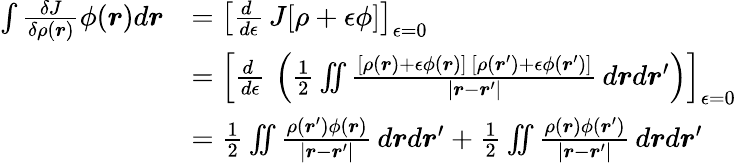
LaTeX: {\begin{array}{rl}{\int{\frac{\delta J}{\delta\rho({\boldsymbol{r}})}}\phi({\boldsymbol{r}})d{\boldsymbol{r}}}&{=\left[{\frac{d\ }{d\epsilon}}\, J[\rho+\epsilon\phi]\right]_{\epsilon=0}}\\ &{=\left[{\frac{d\ }{d\epsilon}}\, \left({\frac{1}{2}}\iint{\frac{[\rho({\boldsymbol{r}})+\epsilon\phi({\boldsymbol{r}})]\, [\rho({\boldsymbol{r}}^{\prime})+\epsilon\phi({\boldsymbol{r}}^{\prime})]}{|{\boldsymbol{r}}-{\boldsymbol{r}}^{\prime}|}}\, d{\boldsymbol{r}}d{\boldsymbol{r}}^{\prime}\right)\right]_{\epsilon=0}}\\ &{={\frac{1}{2}}\iint{\frac{\rho({\boldsymbol{r}}^{\prime})\phi({\boldsymbol{r}})}{|{\boldsymbol{r}}-{\boldsymbol{r}}^{\prime}|}}\, d{\boldsymbol{r}}d{\boldsymbol{r}}^{\prime}+{\frac{1}{2}}\iint{\frac{\rho({\boldsymbol{r}})\phi({\boldsymbol{r}}^{\prime})}{|{\boldsymbol{r}}-{\boldsymbol{r}}^{\prime}|}}\, d{\boldsymbol{r}}d{\boldsymbol{r}}^{\prime}}\end{array}}